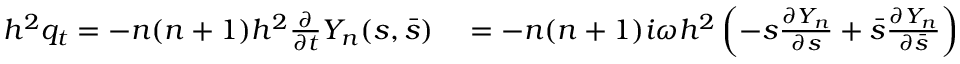
\begin{array} { r l } { h ^ { 2 } q _ { t } = - n ( n + 1 ) h ^ { 2 } \frac { \partial } { \partial t } Y _ { n } ( s , \bar { s } ) } & { { } = - n ( n + 1 ) i \omega h ^ { 2 } \left( - s \frac { \partial Y _ { n } } { \partial s } + \bar { s } \frac { \partial Y _ { n } } { \partial \bar { s } } \right) } \end{array}